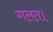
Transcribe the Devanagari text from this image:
गलत।